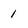
Character: 1